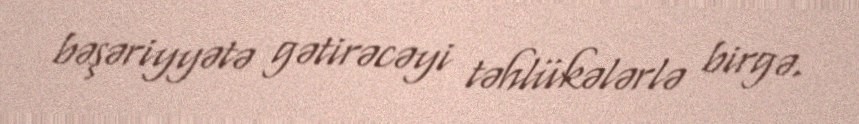
bəşəriyyətə gətirəcəyi təhlükələrlə birgə.